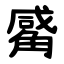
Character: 觱